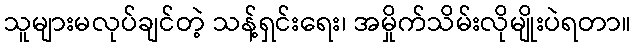
သူများမလုပ်ချင်တဲ့ သန့်ရှင်းရေး၊ အမှိုက်သိမ်းလိုမျိုးပဲရတာ။